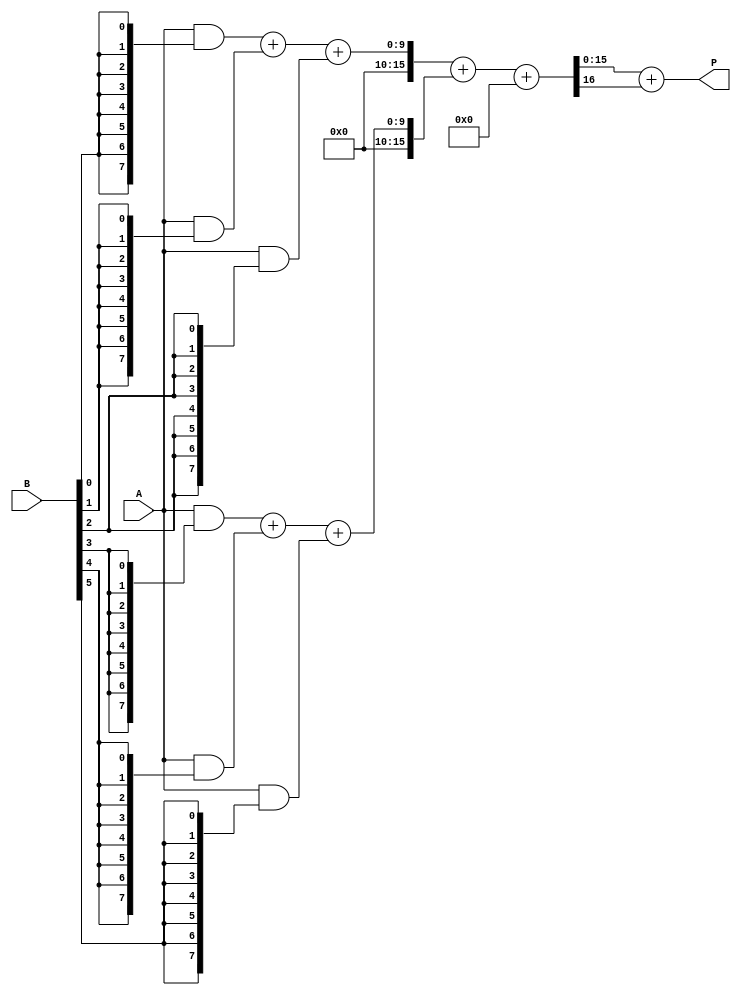
module AdaptiveWallaceTreeMultiplier #(parameter N = 8) (
    input  [N-1:0] A,
    input  [N-1:0] B,
    output [2*N-1:0] P
);

    wire [N-1:0] partial_products [0:N-1];

    // Generate Partial Products
    genvar i;
    generate
        for (i = 0; i < N; i = i + 1) begin : pp_gen
            assign partial_products[i] = A & {N{B[i]}};
        end
    endgenerate

    // Stage 1: Wallace Tree Compression
    wire [N*2-1:0] sum [0:N/2-1];
    wire [N/2-1:0] carry [0:N/2-1];

    generate
        for (i = 0; i < N/2; i = i + 1) begin : wallace_stage
            if (i < N-1) begin
                // Full Adder for each group of three inputs
                assign {carry[i], sum[i]} = partial_products[i*3] + partial_products[i*3+1] + partial_products[i*3+2];
            end else begin
                // Handle remaining bits if N is not a multiple of 3
                assign {carry[i], sum[i]} = partial_products[i*3] + partial_products[i*3+1];
            end
        end
    endgenerate

    // Stage 2: Final Addition (Carry Propagate Adder)
    wire [N*2-1:0] final_sum;
    wire final_carry;

    // Assuming a simple adder for demonstration purposes
    assign {final_carry, final_sum} = sum[0] + sum[1] + carry[0];

    // Output Stage
    assign P = final_sum + final_carry;

endmodule